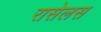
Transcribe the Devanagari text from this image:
रासेलस